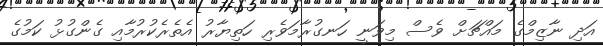
އަދި ނާޒިމްގެ މައްޗަށް ވެސް މިވަނީ ހަނގުރާމަވެރި ހަތިޔާރު އެތެރެކުރުމާއި ގެންގުޅު ކަމުގެ